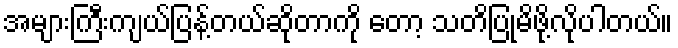
အများကြီးကျယ်ပြန့်တယ်ဆိုတာကို တော့ သတိပြုမိဖို့လိုပါတယ်။